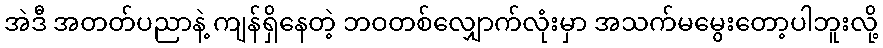
အဲဒီ အတတ်ပညာနဲ့ ကျန်ရှိနေတဲ့ ဘဝတစ်လျှောက်လုံးမှာ အသက်မမွေးတော့ပါဘူးလို့